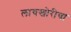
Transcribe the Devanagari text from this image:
लाचखोरीचा